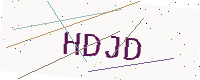
Text: HDJD